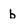
Character: b